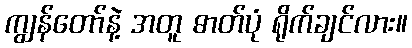
ကျွန်တော်နဲ့ အတူ ဓာတ်ပုံ ရိုက်ချင်လား။